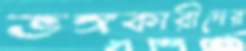
ভঙ্গকারীদের